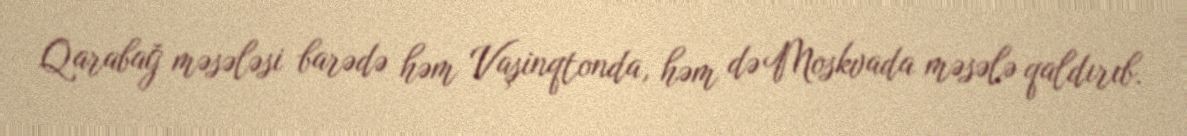
Qarabağ məsələsi barədə həm Vaşinqtonda, həm də Moskvada məsələ qaldırıb.